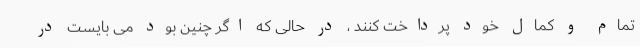
تمام و کمال خود پرداخت کنند ، در حالی که اگر چنین بود می بایست در